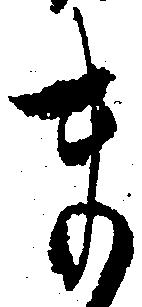
ま